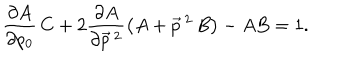
\frac { \partial A } { \partial p _ { 0 } } \, C + 2 \frac { \partial A } { \partial \vec { p } \, { } ^ { 2 } } \left( A + \vec { p } \, { } ^ { 2 } \, B \right) - A B = 1 .